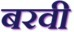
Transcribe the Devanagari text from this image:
बरवी